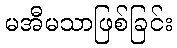
မအီမသာဖြစ်ခြင်း